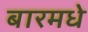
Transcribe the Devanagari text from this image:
बारमधे